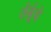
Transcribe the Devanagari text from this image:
तंबूंचे